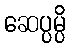
ဆေပ္ပမ္ပိ